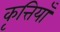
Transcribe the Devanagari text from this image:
कृत्तियाँ